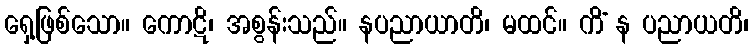
ရှေ့ဖြစ်သော။ ကောဋိ၊ အစွန်းသည်။ နပညာယာတိ၊ မထင်။ ကိံ န ပညာယတိ၊